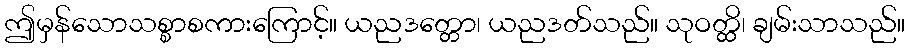
ဤမှန်သောသစ္စာစကားကြောင့်။ ယညဒတ္တော၊ ယညဒတ်သည်။ သုဝတ္ထိ၊ ချမ်းသာသည်။